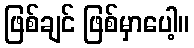
ဖြစ်ချင် ဖြစ်မှာပေါ့။